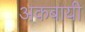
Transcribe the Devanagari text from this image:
अकबायी